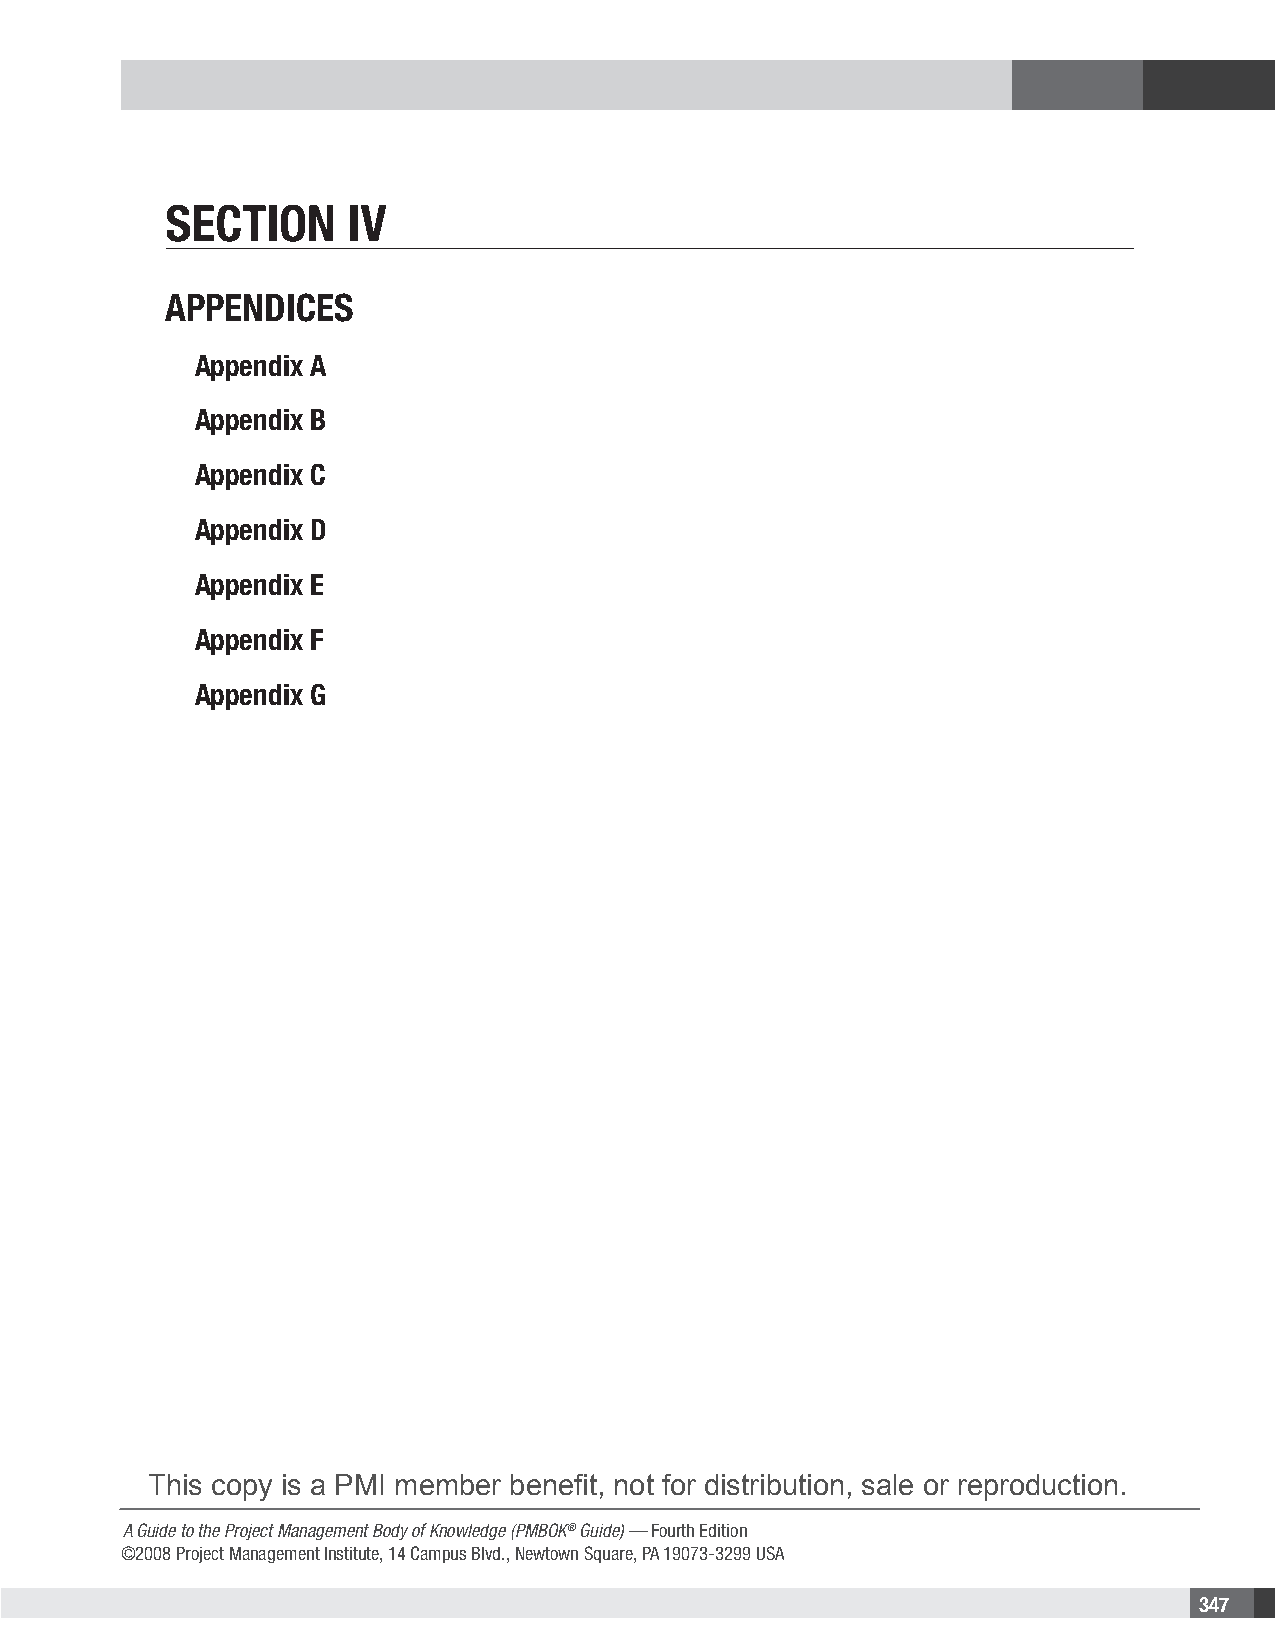
Section     iV
 AppendiceS
 Appendix A
 Appendix B
 Appendix C
 Appendix D
 Appendix E
 Appendix F
 Appendix G
 This copy is a PMI member benefit, not for distribution, sale or reproduction.
 A Guide to the Project Management Body of Knowledge (PMBOK® Guide) — Fourth Edition
 ©2008 Project Management Institute, 14 Campus Blvd., Newtown Square, PA 19073-3299 USA
 347